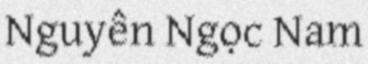
Nguyễn Ngọc Nam